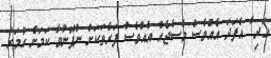
އަދި ާ އެފަދަ އެއްވެސް މެސެޖެއް އެއްވެސް ފަރާތަކަށް ނުފޮނުވާ ކަމަށް އުމަރު